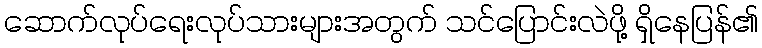
ဆောက်လုပ်ရေးလုပ်သားများအတွက် သင်ပြောင်းလဲဖို့ ရှိနေပြန်၏